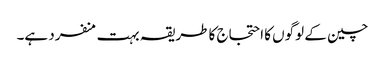
چین کے لوگوں کا احتجاج کا طریقہ بہت منفرد ہے۔